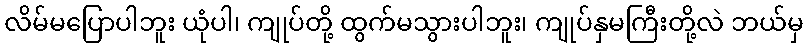
လိမ်မပြောပါဘူး ယုံပါ၊ ကျုပ်တို့ ထွက်မသွားပါဘူး၊ ကျုပ်နှမကြီးတို့လဲ ဘယ်မှ